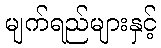
မျက်ရည်များနှင့်